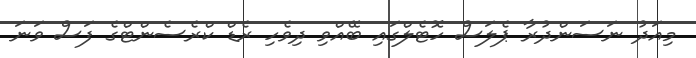
މިއަދު ނަސަންދުރާ ޕެލަސް ހޮޓެލްގައި ބޭއްވި ދިވެހި ރެޑް ކްރެސެންޓްގެ ފަސް ވަނަ